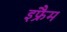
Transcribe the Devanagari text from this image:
इफ्रैम